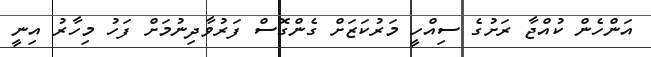
އަންހެން ކުއްޖާ ރަށުގެ ސިއްހީ މަރުކަޒަށް ގެންގޮސް ފަރުވާދިނުމަށް ފަހު މިހާރު އިނީ